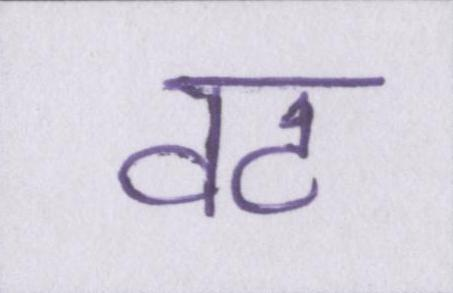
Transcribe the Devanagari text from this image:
वट